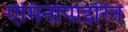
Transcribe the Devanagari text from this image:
ऐमिनोपाइरिन